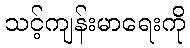
သင့်ကျန်းမာရေးကို